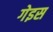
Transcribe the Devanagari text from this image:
गेइस